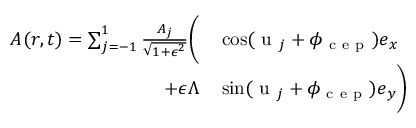
\begin{array} { r l } { \boldsymbol { A } ( \boldsymbol { r } , t ) = \sum _ { j = - 1 } ^ { 1 } \frac { A _ { j } } { \sqrt { 1 + \epsilon ^ { 2 } } } \biggl ( } & { { } \cos ( \mathrm { ~ u ~ } _ { j } + \phi _ { \mathrm { ~ c ~ e ~ p ~ } } ) \boldsymbol { e } _ { x } } \\ { + \epsilon \Lambda } & { { } \sin ( \mathrm { ~ u ~ } _ { j } + \phi _ { \mathrm { ~ c ~ e ~ p ~ } } ) \boldsymbol { e } _ { y } \biggr ) } \end{array}